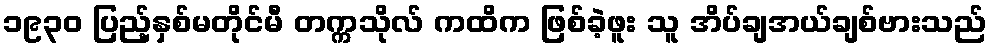
၁၉၃၀ ပြည့်နှစ်မတိုင်မီ တက္ကသိုလ် ကထိက ဖြစ်ခဲ့ဖူး သူ အိပ်ချအယ်ချစ်ဗားသည်